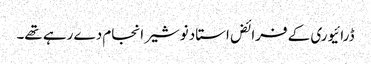
ڈرائیوری کے فرائض استاد نوشیر انجام دے رہے تھے۔